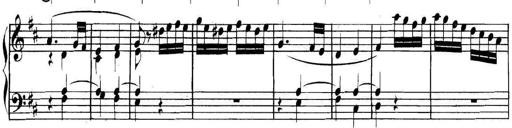
Title: Collected Piano Sonatas
Composer: Muzio Clementi